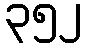
၃၅၂